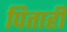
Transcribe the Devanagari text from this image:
पिताही